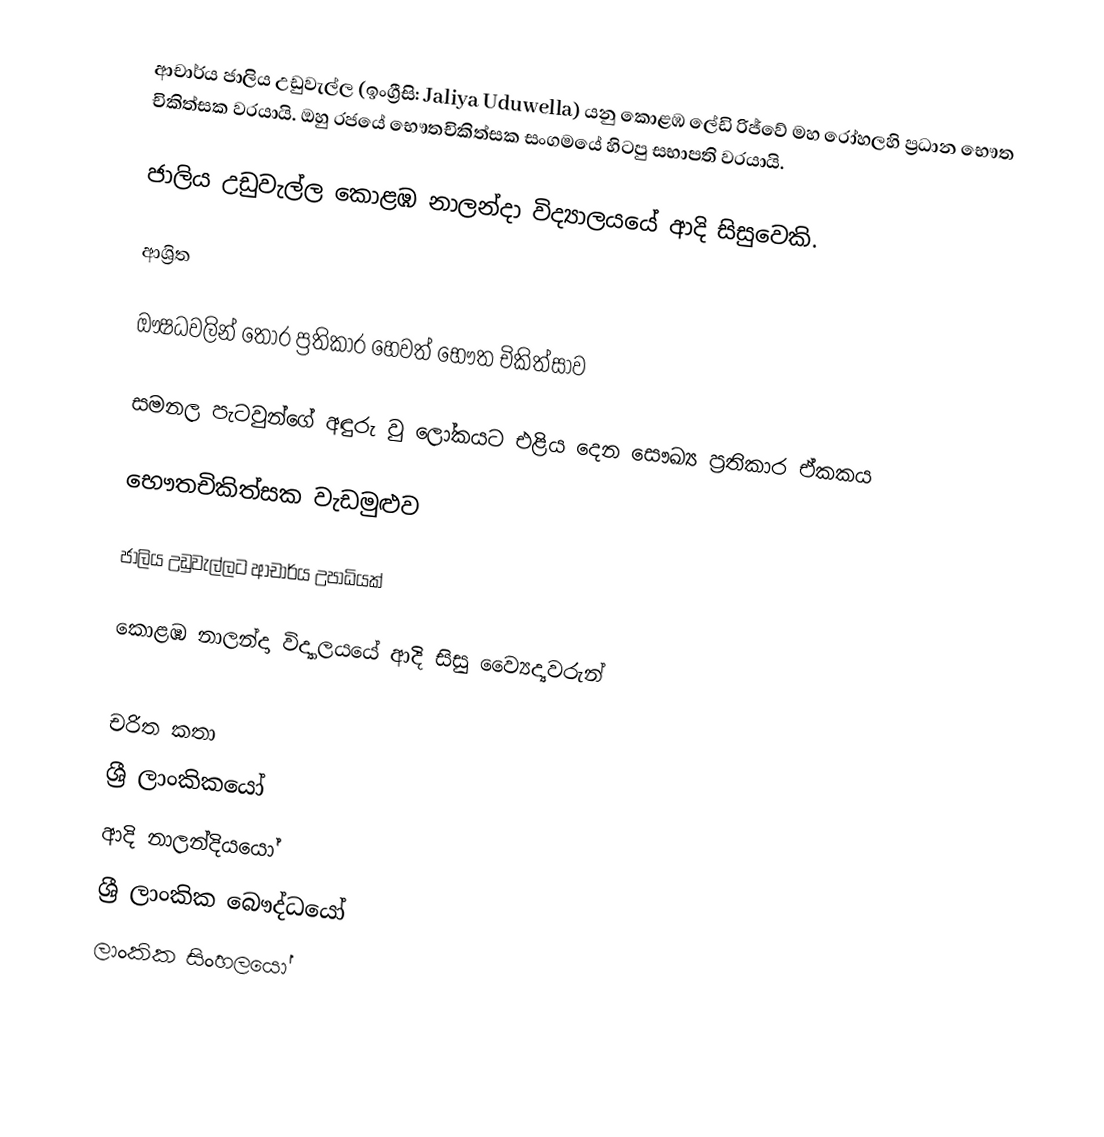
ආචාර්ය ජාලිය උඩුවැල්ල (ඉංග්‍රීසි: Jaliya Uduwella) යනු කොළඹ ලේඩි රිජ්වේ මහ රෝහලහි ප්‍රධාන භෞත චිකිත්සක වරයායි.  ඔහු රජයේ භෞතචිකිත්සක සංගමයේ හිටපු සභාපති වරයායි.

ජාලිය උඩුවැල්ල  කොළඹ නාලන්දා විද්‍යාලයයේ ආදි සිසුවෙකි.

ආශ්‍රිත

 ඖෂධවලින් තොර ප්‍රතිකාර හෙවත් භෞත චිකිත්සාව

 සමනල පැටවුන්ගේ අඳුරු වු ලෝකයට එළිය දෙන සෞඛ්‍ය ප‍්‍රතිකාර ඒකකය

 භෞතචිකිත්සක වැඩමුළුව

 ජාලිය උඩුවැල්ලට ආචාර්ය උපාධියක්

 කොළඹ නාලන්දා විද්‍යාලයයේ ආදි සිසු ව්‍යෛද්‍යවරුන්

චරිත කතා
ශ්‍රී ලාංකිකයෝ
ආදි නාලන්දියයෝ
ශ්‍රී ලාංකික බෞද්ධයෝ
ලාංකික සිංහලයෝ